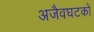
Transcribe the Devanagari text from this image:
अजैवघटकों